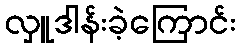
လှူဒါန်းခဲ့ကြောင်း